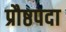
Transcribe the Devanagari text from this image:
प्रौष्ठपदा